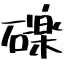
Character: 礫